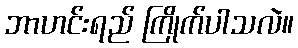
ဘာဟင်းရည် ကြိုက်ပါသလဲ။